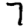
Digit: 7